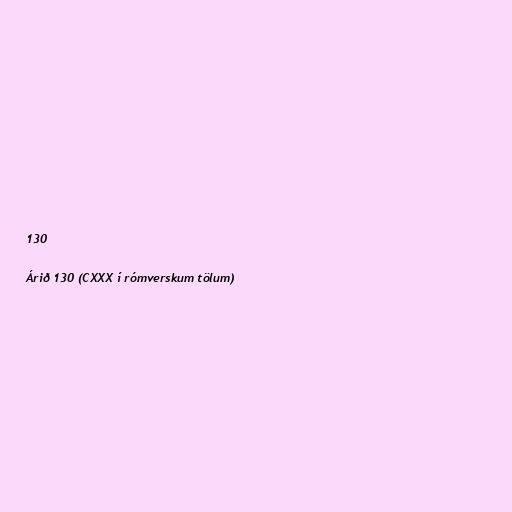
130

Árið 130 (CXXX í rómverskum tölum)